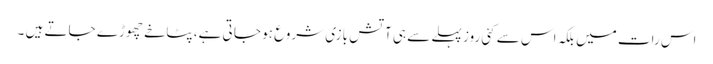
اس رات میں بلکہ اس سے کئی روز پہلے سے ہی آتش بازی شروع ہو جا تی ہے، پٹاخے چھوڑے جاتے ہیں ۔